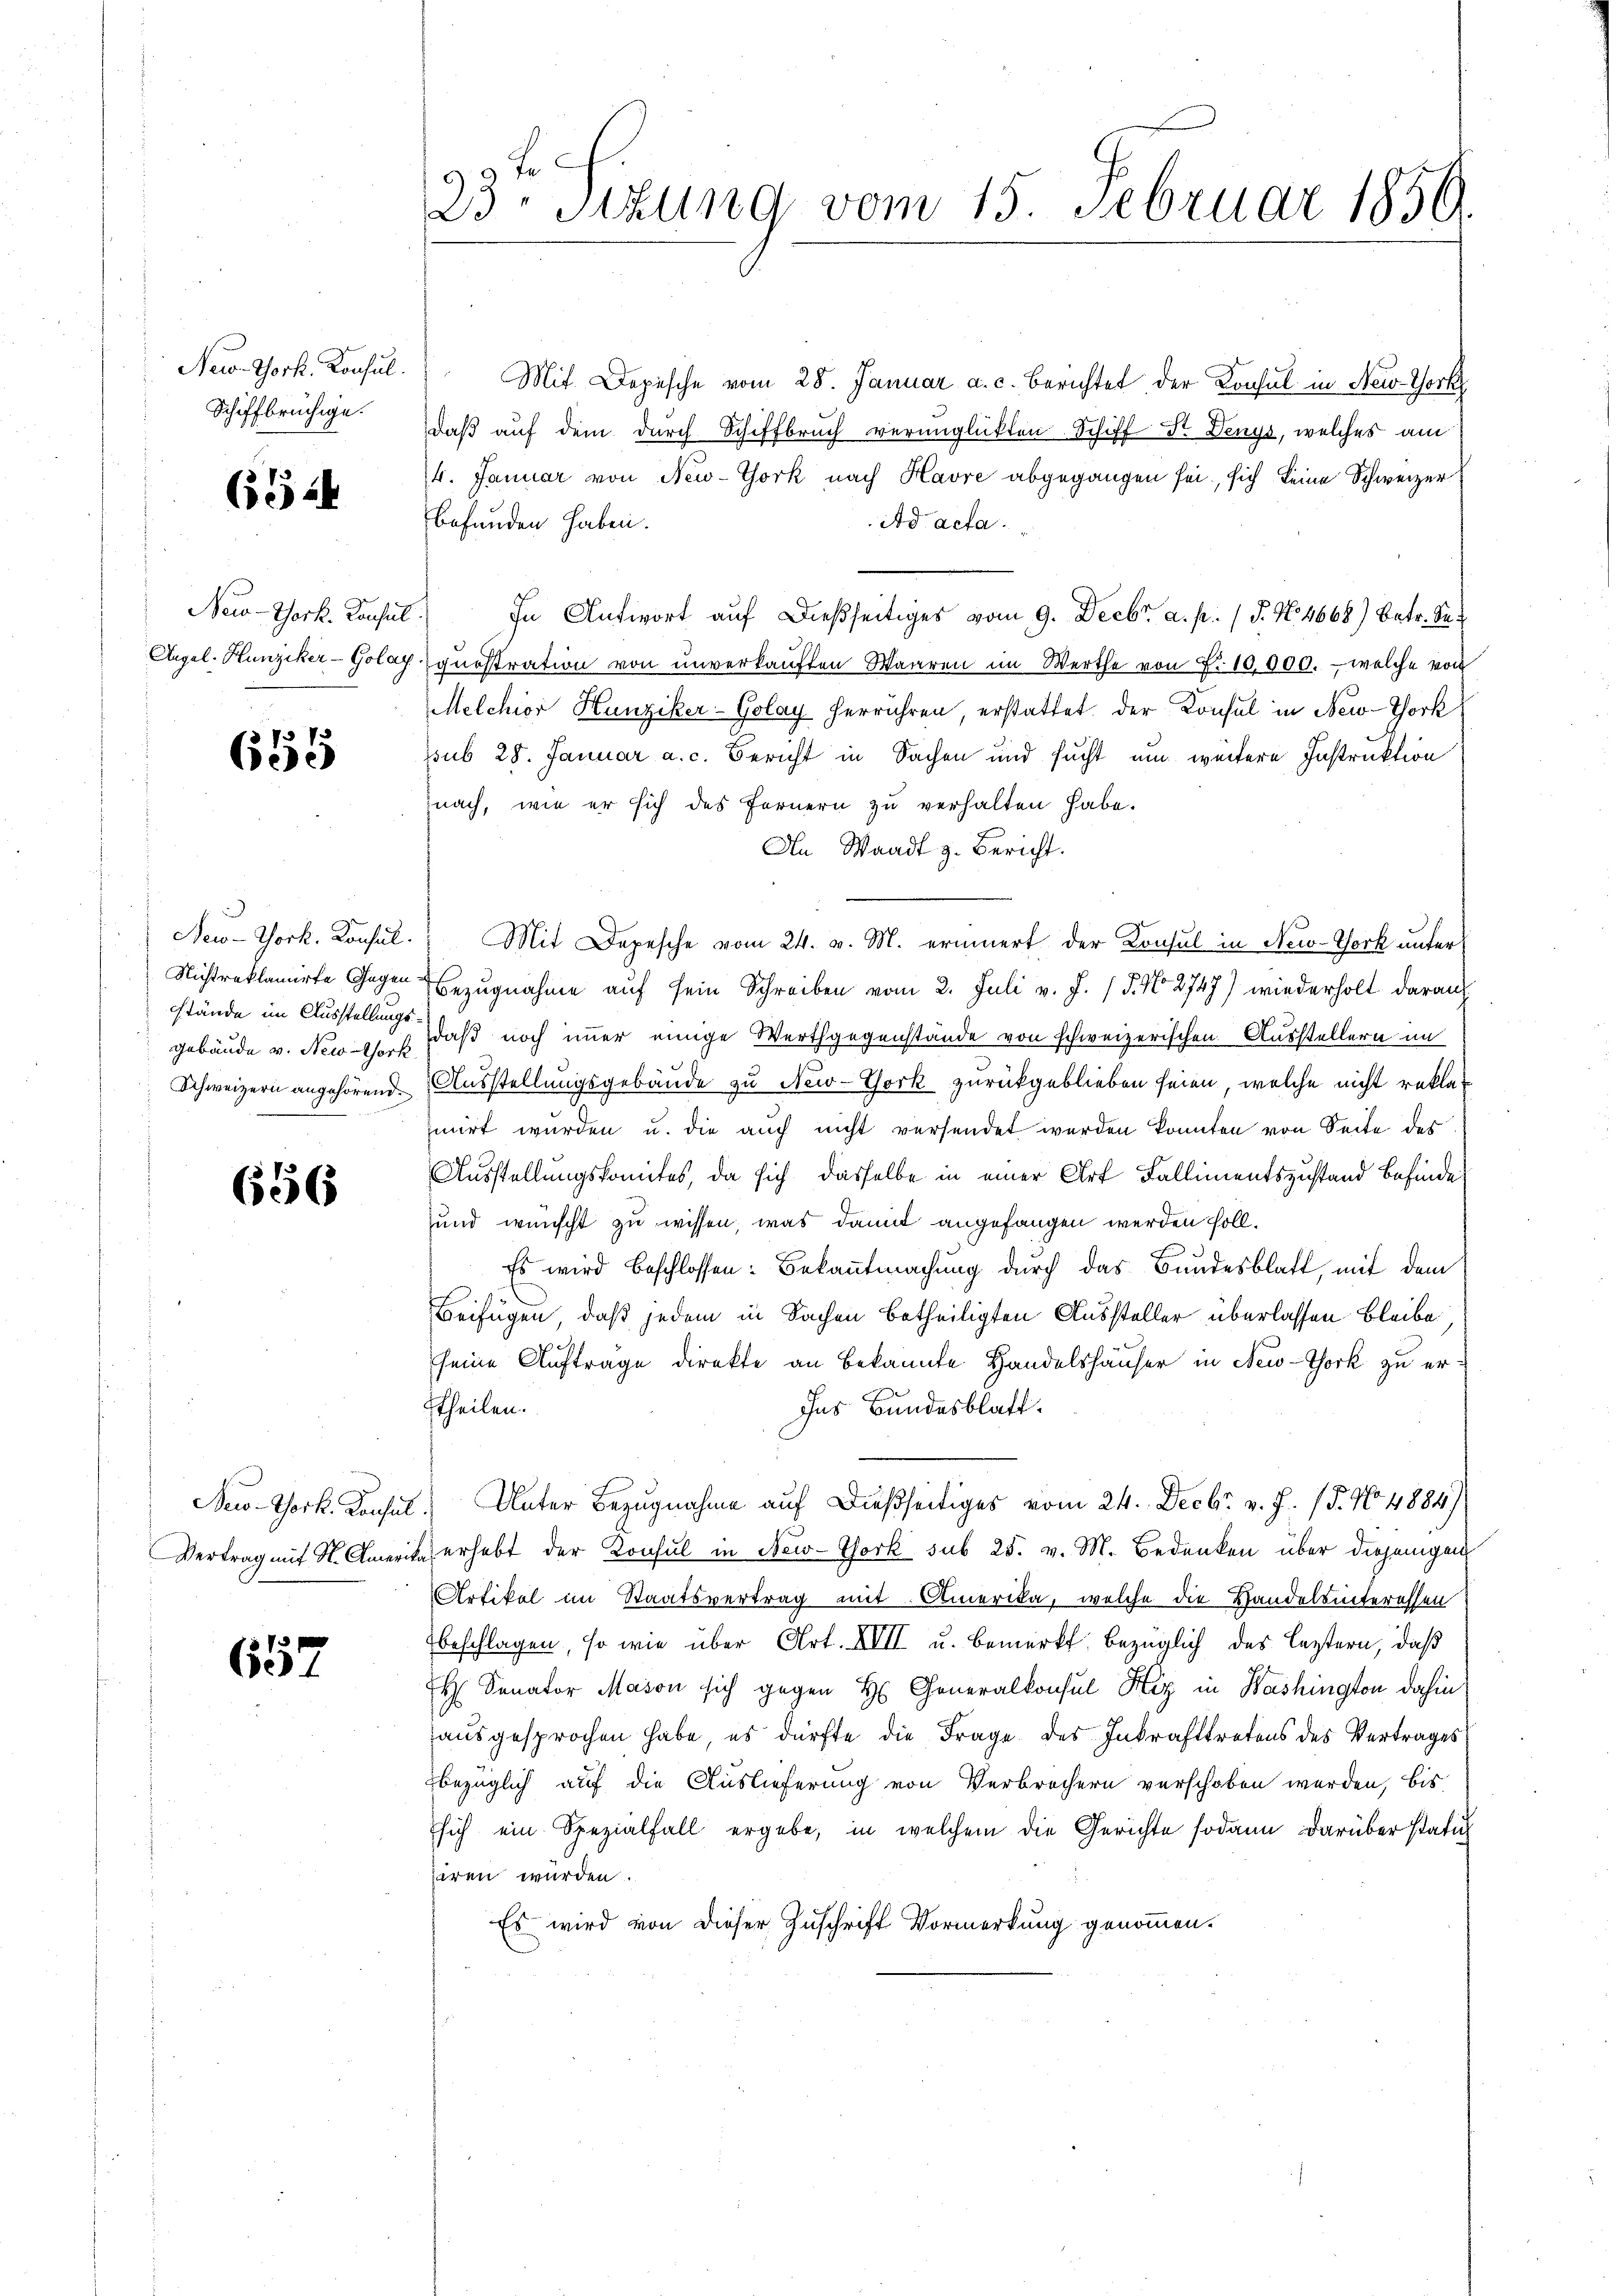
Neio. Gork, Konsul.
Schiffbrüchige.

654

685

stände im Ausstellungs

656

657

23ten Sizung vom 15. Februar 1850.

Mit Depesche vom 28. Januar a. c. berichtet, der Konsul in New-York
daβ aŭf dem durch Schiffbruch verunglückten Schiff Dr. Denys, welches am
4. Januar von New-York nach Havre abgegangen sei, sich keine Schweizer
befunden haben.
Ad acta.
New-York. Konsul. In Antwort auf dießseitiges vom 9. Decbr. a. p. 1 S. No. 4668) betr. Se¬
Angel. Hunziker-Golay questration von unverkaŭften Waaren im Werthe von P. 10,000.- welche von
Melchior Hunziker-Golay herrühren, erstattet der Konsul in New-York
pub 28. Januar a. c. Bericht in Sachen und sucht um weitere Instruktion
nach, wie er sich des Fernern zu verhalten habe.
An Waadt z. Bericht.
New-York. Konsul. Mit Depesche vom 24. v. M. erinnert der Konsul in New-York unter
Nichtreklamirte Gegen Bezŭgnahme aŭf sein Schreiben vom 2. Juli v. J. 18. No. 2747) wiederholt darauf
gebäude v. News, daß noch immer einige Werthgegenstände von schweizerischen Ausstellern im
Schweizern angehörend Ausstellungsgebäude zu New-York zurückgeblieben seien, welche nicht reklamirt wurden u. die auch nicht versendet werden konnten von Seite des
Ausstellungskomites, da sich dasselbe in einer Art Fallimentszustand befinde
und wünscht zu wissen, was damit angefangen werden soll.
Es wird beschlossen: Bekanntmachung durch das Bundesblatt, mit dem
Beifügen, daß jedem in Sachen betheiligten Aussteller überlassen Bleibe,
seine Aufträge direkte an bekannte Handelshäuser in New-York zu er¬
Ins Bundesblatt.
theilen.
New-York. Konsul Unter Bezugnahme auf dießseitiges vom 24. Decbr. v. J. (§. 104884)
Vertrag mit St. Amerika erhebt der Konsul in New-York sub 25. v. M. Bedenken über diejenigen
Artikel im Staatsvertrag mit Amerika, welche die Handelainteressen
beschlagen, so wie über Art. XVII u. bemerkt, bezüglich des leztern, daß
H Senator Mason sich gegen H. Generalkonsul Hiz in Washington dahin
ausgesprochen habe, es dürfte die Frage des Inkrafttretens des Vertrages
bezüglich auf die Auslieferung von Verbrochern verschoben werden, bis
sich ein Spezialfall ergebe, in welchem die Gerichte sodann darüber statut
siren wurden.
Es wird von dieser Zuschrift Vormerkung genommen.